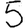
Digit: 5